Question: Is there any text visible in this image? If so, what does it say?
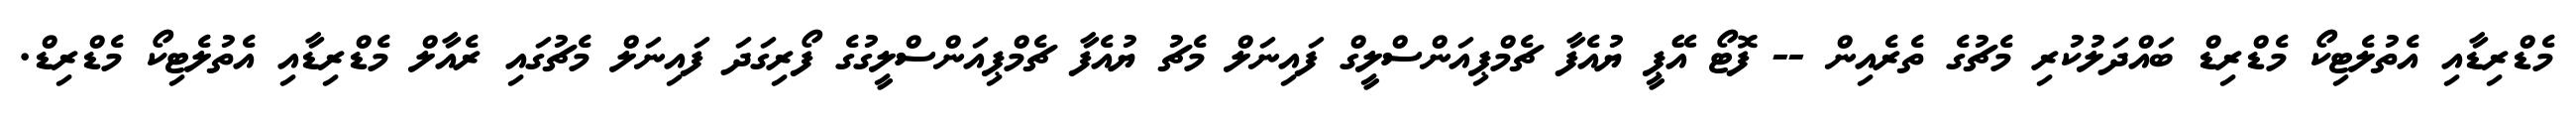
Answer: މެޑްރިޑާއި އެތުލެޓިކޯ މެޑްރިޑް ބައްދަލުކުރި މެޗުގެ ތެރެއިން -- ފޮޓޯ އޭޕީ ޔުއެފާ ޗެމްޕިއަންސްލީގް ފައިނަލް މެޗު ޔުއެފާ ޗެމްޕިއަންސްލީގުގެ ފޯރިގަދަ ފައިނަލް މެޗުގައި ރެއާލް މެޑްރިޑާއި އެތުލެޓިކޯ މެޑްރިޑް.